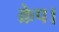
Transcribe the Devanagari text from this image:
क्रेप।